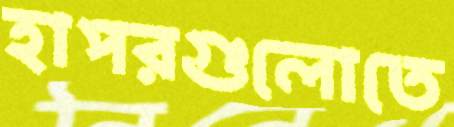
হাপরগুলোতে